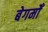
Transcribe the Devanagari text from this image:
बेगमोँ